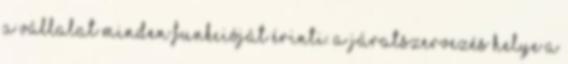
a vállalat minden funkcióját érinti. A járatszervezés helye a